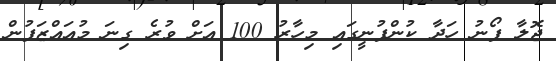
ޖޮލާ ފޯނު ހަދާ ކުންފުނީގައި މިހާރު 100 އަށް ވުރެ ގިނަ މުއައްޒަފުން